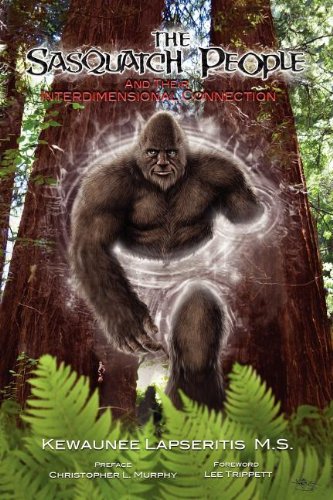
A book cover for The Sasquatch People and Their Interdimensional Connection; Kewaunee Lapseritis; Science & Math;